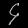
Digit: ၄